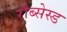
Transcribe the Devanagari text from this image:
रौब्सेस्ड